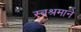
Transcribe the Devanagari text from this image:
स्वश्रमाने